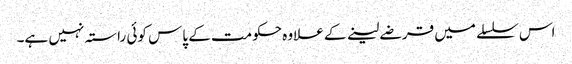
اس سلسلے میں قرضے لینے کے علاوہ حکومت کے پاس کوئی راستہ نہیں ہے۔